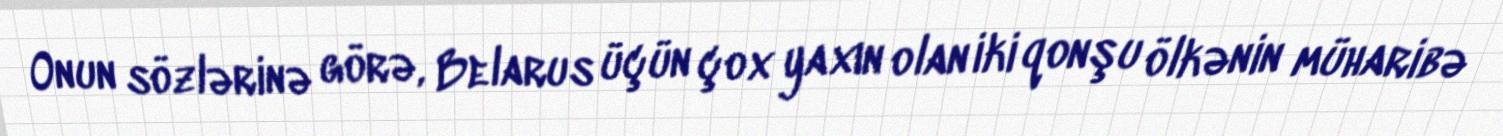
Onun sözlərinə görə, Belarus üçün çox yaxın olan iki qonşu ölkənin müharibə